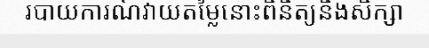
របាយការណ៍វាយតម្លៃនោះពិនិត្យនិងសិក្សា